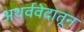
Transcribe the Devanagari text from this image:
अथर्ववेदातून